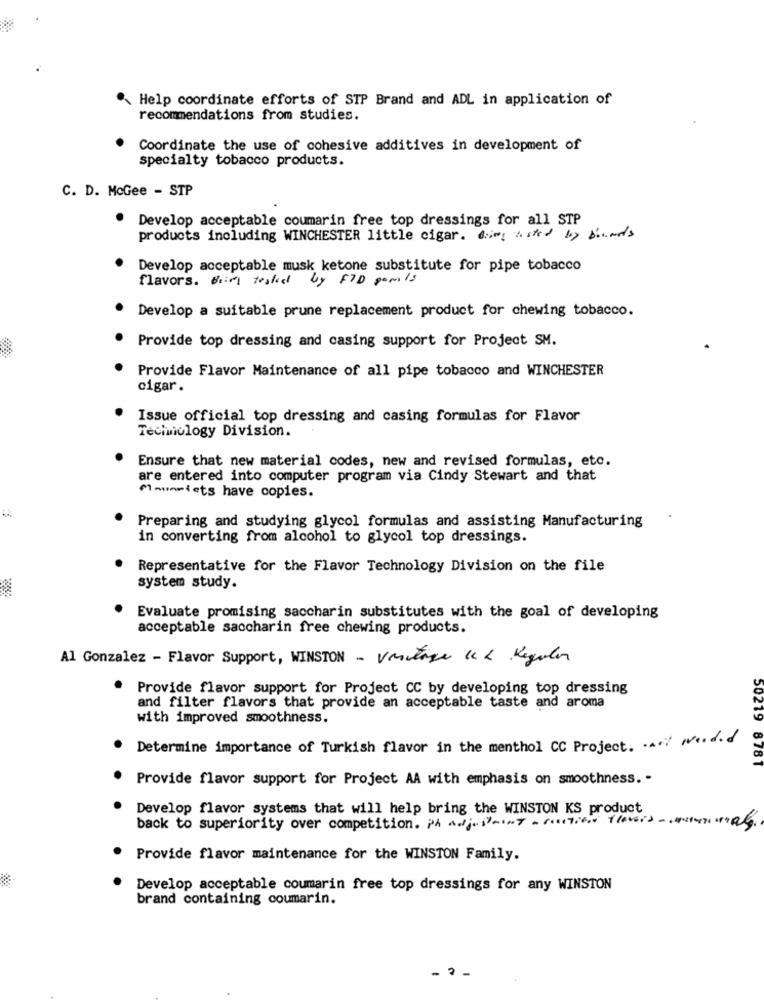
Help coordinate efforts of STP Brand and ADL in application of
recommendations from studies.
Coordinate the use of cohesive additives in development of
specialty tobacco products.
C. D. McGee - STP
Develop acceptable coumarin free top dressings for all STP
products including WINCHESTER little cigar. ding Mixed by blonds
Develop acceptable musk ketone substitute for pipe tobacco
flavors. Beiel tesked by FID panels
Develop a suitable prune replacement product for chewing tobacco.
Provide top dressing and casing support for Project SM.
Provide Flavor Maintenance of all pipe tobacco and WINCHESTER
cigar .
Issue official top dressing and casing formulas for Flavor
Tecimology Division.
Ensure that new material codes, new and revised formulas, etc.
are entered into computer program via Cindy Stewart and that
Mounsfets have copies.
Preparing and studying glycol formulas and assisting Manufacturing
in converting from alcohol to glycol top dressings.
Representative for the Flavor Technology Division on the file
system study.
Evaluate promising saccharin substitutes with the goal of developing
acceptable saccharin free chewing products.
Al Gonzalez - Flavor Support, WINSTON - Vintage let Regular
· Provide flavor support for Project CC by developing top dressing
and filter flavors that provide an acceptable taste and aroma
with improved smoothness.
Determine importance of Turkish flavor in the menthol CC Project. . art Ne.d.d
50219 8781
Provide flavor support for Project AA with emphasis on smoothness. -
Develop flavor systems that will help bring the WINSTON KS product
back to superiority over competition. Ph Adjustment - sections thereis-
Provide flavor maintenance for the WINSTON Family.
Develop acceptable coumarin free top dressings for any WINSTON
brand containing coumarin.